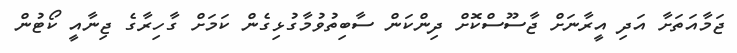
ޖަމާއަތަށާ އަދި އީރާނަށް ޖާސޫސްކޮށް ދިންކަން ސާބިތުވުމާގުޅިގެން ކަމަށް ގާހިރާގެ ޖިނާއީ ކޯޓުން